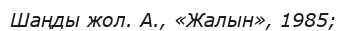
Шаңды жол. А., «Жалын», 1985;